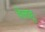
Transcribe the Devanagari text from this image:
चेलाहु